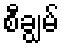
စီချွမ်